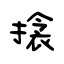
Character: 搇